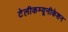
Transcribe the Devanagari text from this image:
टेलीकम्यूनीकेशन